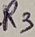
Text: R3